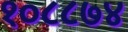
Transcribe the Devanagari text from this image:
१०८८७४